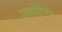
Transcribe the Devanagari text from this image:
एक्स्पेरिमेंट